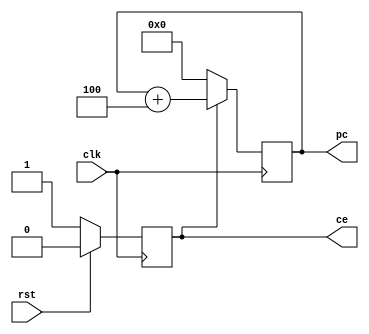
`timescale 1ns / 1ps
//////////////////////////////////////////////////////////////////////////////////
// Company: 
// Engineer: 
// 
// Design Name: 
// Module Name: PC
// Project Name: 
// Target Devices: 
// Tool Versions: 
// Description: 
// 
// Dependencies: 
// 
// Revision:
// Revision 0.01 - File Created
// Additional Comments:
// 
//////////////////////////////////////////////////////////////////////////////////


module PC(
    input wire rst,
    input wire clk,
    output reg[31:0] pc,
    output reg ce
    );

    always@(posedge clk)begin
        if(rst==1) begin
            ce<=0;
        end else begin
            ce<=1;
        end
    end 

    always@(posedge clk)begin
        if(ce==0)begin
            pc<=0;
        end else begin 
            pc<=pc+32'd4;
        end
    end

endmodule